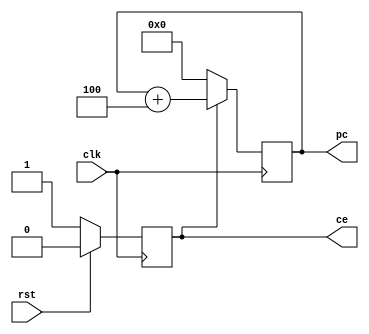
`timescale 1ns / 1ps
//////////////////////////////////////////////////////////////////////////////////
// Company: 
// Engineer: 
// 
// Design Name: 
// Module Name: PC
// Project Name: 
// Target Devices: 
// Tool Versions: 
// Description: 
// 
// Dependencies: 
// 
// Revision:
// Revision 0.01 - File Created
// Additional Comments:
// 
//////////////////////////////////////////////////////////////////////////////////


module PC(
    input wire rst,
    input wire clk,
    output reg[31:0] pc,
    output reg ce
    );

    always@(posedge clk)begin
        if(rst==1) begin
            ce<=0;
        end else begin
            ce<=1;
        end
    end 

    always@(posedge clk)begin
        if(ce==0)begin
            pc<=0;
        end else begin 
            pc<=pc+32'd4;
        end
    end

endmodule